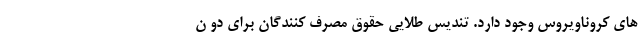
های کروناویروس وجود دارد. تندیس طلایی حقوق مصرف کنندگان برای دو ن